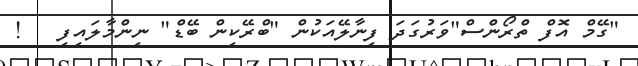
"ގޭމް އޮފް ތްރޯންސް"ވަރުގަދަ ފިނާލޭއަކުން "ބްރޭކިން ބޭޑް" ނިންމާލައިފި   !